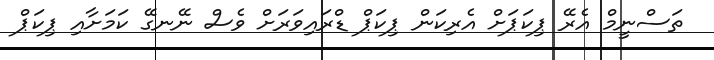
ތަސްނީމް އެރޭ ޕިކަޕަށް އެރިކަން ޕިކަޕް ޑްރައިވަރަށް ވެސް ނޭނގޭ ކަމަށާއި ޕިކަޕް